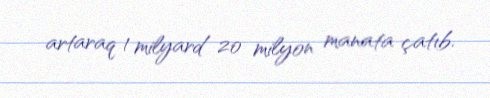
artaraq 1 milyard 20 milyon manata çatıb.